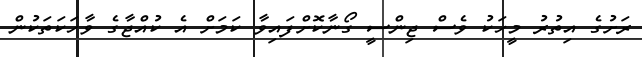
ރަށުގެ އިތުރު މީހަކު ވެސް ޖިންސީ ގޯނާކޮށްފައިވާ ކަމަށް އެ ކުއްޖާގެ ވާހަކަތަކުން